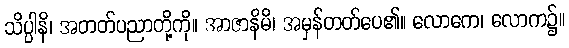
သိပ္ပါနိ၊ အတတ်ပညာတို့ကို။ အာဇာနိမိ၊ အမှန်တတ်ပေ၏။ လောကေ၊ လောက၌။